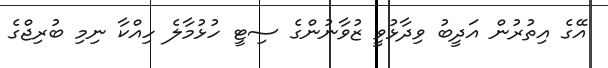
އޭގެ އިތުރުން އަދީބު ވިދާޅުވީ ޒުވާނުންގެ ސިޓީ ހުޅުމާލެ ހިއްކާ ނިމި ބުރިޖްގެ